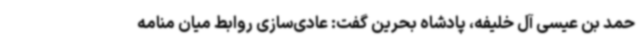
حمد بن عیسی آل خلیفه، پادشاه بحرین گفت: عادی‌سازی روابط میان منامه